Anatomy and histology of ticks - Number 23
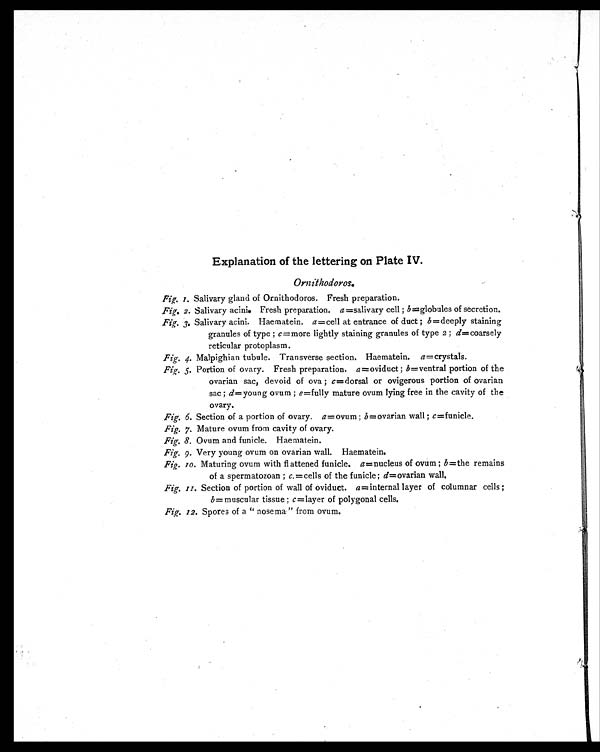
Explanation of the lettering on Plate IV.
Ornithodoros.
Fig. 1. Salivary gland of Ornithodoros. Fresh preparation.
Fig. 2. Salivary acini. Fresh preparation. a =salivary cell ; b =globules of secretion.
Fig. 3. Salivary acini. Haematein. a =cell at entrance of duct ; b =deeply staining
granules of type ; c =more lightly staining granules of type 2 ; d=coarsely
reticular protoplasm.
Fig. 4. Malpighian tubule. Transverse section. Haematein. a =crystals.
Fig. 5. Portion of ovary. Fresh preparation. a =oviduct ; b =ventral portion of the
ovarian sac, devoid of ova ; c =dorsal or ovigerous portion of ovarian
sac ; d = young ovum ; e =fully mature ovum lying free in the cavity of the
ovary.
Fig. 6. Section of a portion of ovary. a =ovum ; b =ovarian wall ; c =funicle.
Fig. 7. Mature ovum from cavity of ovary.
Fig. 8. Ovum and funicle. Haematein.
Fig. 9. Very young ovum on ovarian wall. Haematein.
Fig. 10. Maturing ovum with flattened funicle. a =nucleus of ovum ; b =the remains
of a spermatozoan ; c. = cells of the funicle; d=ovarian wall.
Fig. 11. Section of portion of wall of oviduct. a = internal layer of columnar cells;
b = muscular tissue ; c =layer of polygonal cells.
Fig. 12. Spores of a "nosema" from ovum.